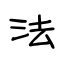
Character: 法